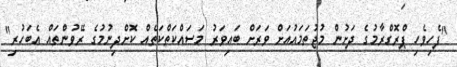
"ފެހިވެހި ޕްރޮގްރާމުގެ ދަށުން މުޖުތަމައުއަށް ވަރަށް ބައިވަރު މަސައްކަތްކަތެއް ކޮށްދިނުމުގެ ރޭވުންތައް އެބަހުރި"